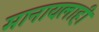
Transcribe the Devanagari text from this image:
मानायलाही